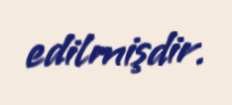
edilmişdir.